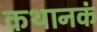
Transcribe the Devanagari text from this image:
कथानकं